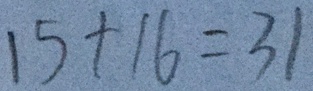
1 5 + 1 6 = 3 1